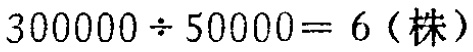
\(300000\div50000 = 6 (\text{株})\)